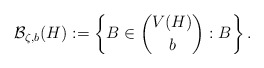
\begin{align*} \mathcal{B}_{\zeta,b}(H) := \left\{ B \in \binom{V(H)}{b} : B \right\}. \end{align*}